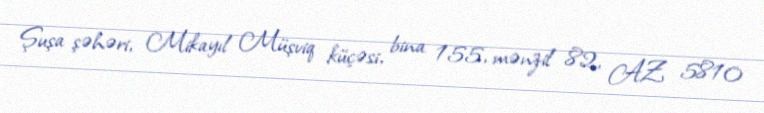
Şuşa şəhəri, Mikayıl Müşviq küçəsi, bina 155, mənzil 82, AZ 5810